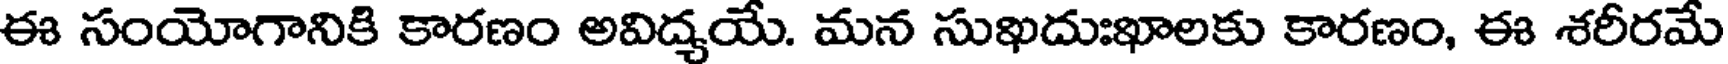
ఈ సంయోగానికి కారణం అవిద్యయే. మన సుఖదుఃఖాలకు కారణం, ఈ శరీరమే